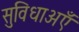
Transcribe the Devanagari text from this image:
सुविधाअएँ